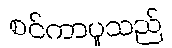
စင်ကာပူသည်